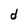
Character: d